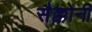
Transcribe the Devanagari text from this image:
सैक्कोनी